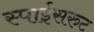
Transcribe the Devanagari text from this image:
स्पाईसरुट